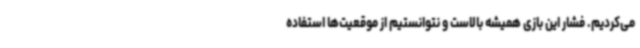
می‌کردیم. فشار این بازی همیشه بالاست و نتوانستیم از موقعیت‌ها استفاده